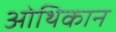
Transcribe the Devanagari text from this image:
ओथिकान